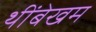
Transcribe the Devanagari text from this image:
थींबेखम